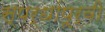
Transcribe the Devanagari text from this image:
स्पर्धांपूर्वी